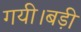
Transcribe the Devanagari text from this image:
गयी।बड़ी